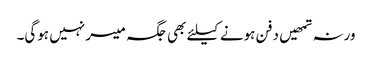
ورنہ تمھیں دفن ہونے کیلئے بھی جگہ میسر نہیں ہوگی۔